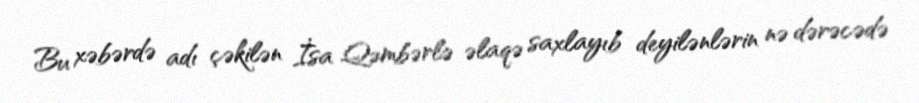
Bu xəbərdə adı çəkilən İsa Qəmbərlə əlaqə saxlayıb deyilənlərin nə dərəcədə